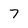
Character: 7